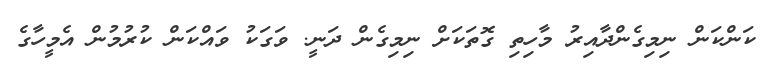
ކަންކަން ނިމިގެންދާއިރު މާހިތި ގޮތަކަށް ނިމިގެން ދަނީ. ވަގަކު ވައްކަން ކުރުމުން އެމީހާގެ